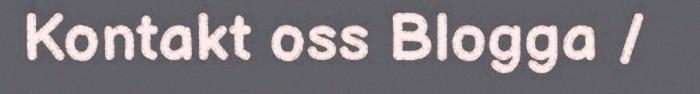
Kontakt oss Blogga /